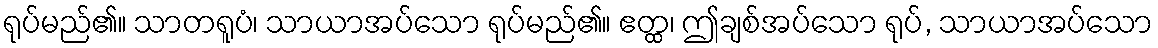
ရုပ်မည်၏။ သာတရူပံ၊ သာယာအပ်သော ရုပ်မည်၏။ ဧတ္ထ၊ ဤချစ်အပ်သော ရုပ်, သာယာအပ်သော